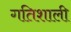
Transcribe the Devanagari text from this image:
गतिशाली